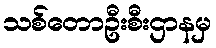
သစ်တောဦးစီးဌာနမှ